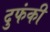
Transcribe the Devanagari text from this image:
दुफंकी